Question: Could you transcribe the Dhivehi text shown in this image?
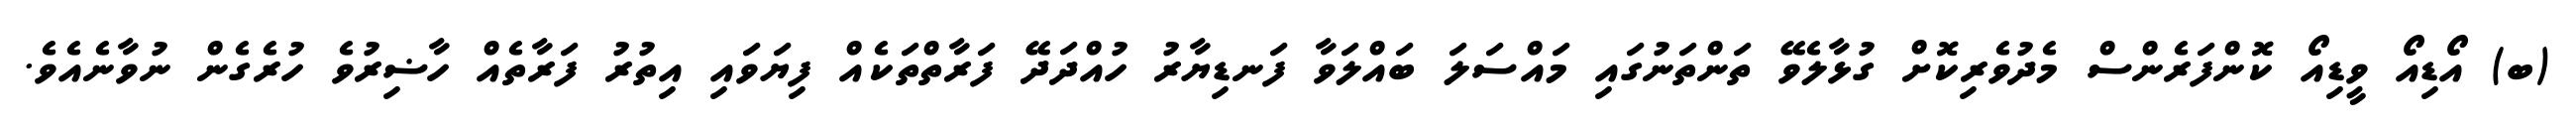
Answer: (ބ) އޯޑިއޯ ވީޑިއޯ ކޮންފަރެންސް މެދުވެރިކޮށް ގުޅާލެވޭ ތަންތަނުގައި މައްސަލަ ބައްލަވާ ފަނޑިޔާރު ހުއްދަދޭ ފަރާތްތަކެއް ފިޔަވައި އިތުރު ފަރާތެއް ހާޟިރުވެ ހުރެގެން ނުވާނެއެވެ.